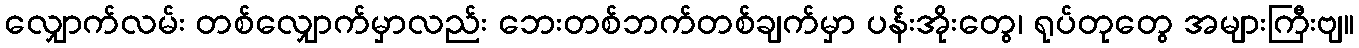
လျှောက်လမ်း တစ်လျှောက်မှာလည်း ဘေးတစ်ဘက်တစ်ချက်မှာ ပန်းအိုးတွေ၊ ရုပ်တုတွေ အများကြီးဗျ။